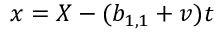
x = X - ( b _ { 1 , 1 } + v ) t